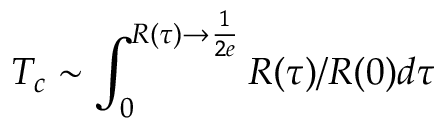
T _ { c } \sim \int _ { 0 } ^ { R ( \tau ) \rightarrow \frac { 1 } { 2 e } } R ( \tau ) / R ( 0 ) d \tau